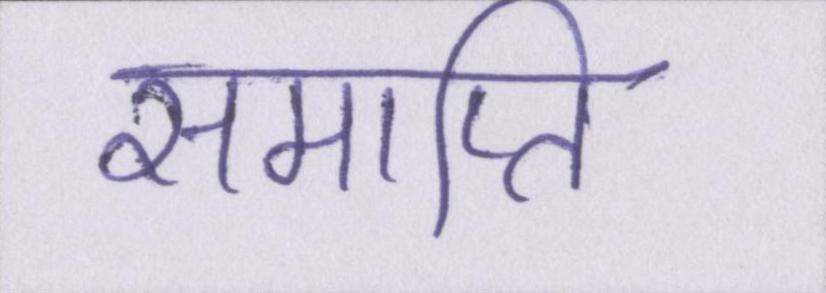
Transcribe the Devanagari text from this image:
समाप्ति